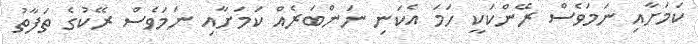
ކަމަށާއި ނަމަވެސް ރޭންކަކީ ހަމަ އެކަނި ނަންބަރެއް ކަމަށާއި ނަމަވެސް ރޭކުގެ ތަފާތު